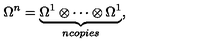
\Omega ^ { n } = \underbrace { \Omega ^ { 1 } \otimes \cdots \otimes \Omega ^ { 1 } } _ { n c o p i e s } ,